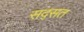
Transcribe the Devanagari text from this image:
सद्सत